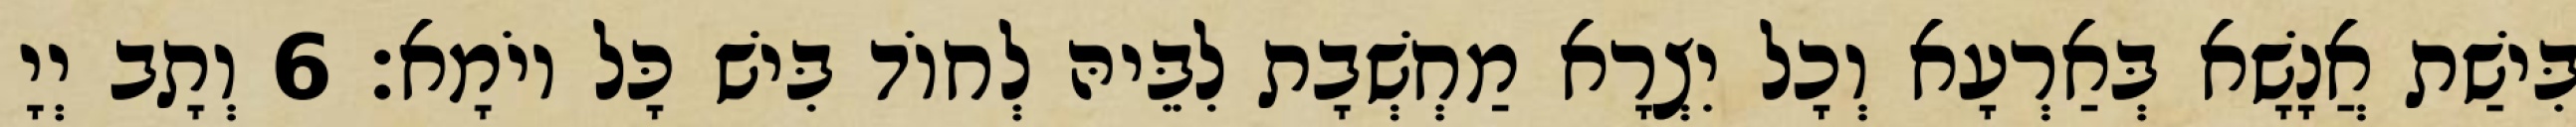
בִּישַׁת אֲנָשָׁא בְּאַרְעָא וְכָל יִצְרָא מַחְשְׁבָת לִבֵּיהּ לְחוֹד בִּישׁ כָּל יוֹמָא׃ 6 וְתָב יְיָ